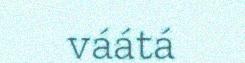
váátá